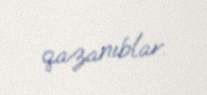
qazanıblar.